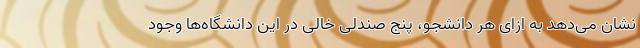
نشان می‌دهد به ازای هر دانشجو، پنج صندلی خالی در این دانشگاه‌ها وجود